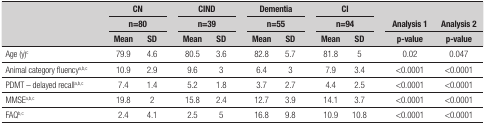
<table><thead><tr><td rowspan="3"><b> </b></td><td colspan="2"><b>CN</b></td><td><b> </b></td><td colspan="2"><b>CIND</b></td><td><b> </b></td><td colspan="2"><b>Dementia</b></td><td><b> </b></td><td colspan="2"><b>CI</b></td><td><b> </b></td><td rowspan="2"><b>Analysis 1</b></td><td rowspan="2"><b>Analysis 2</b></td></tr><tr><td colspan="2"><b>n=80</b></td><td><b> </b></td><td colspan="2"><b>n=39</b></td><td><b> </b></td><td colspan="2"><b>n=55</b></td><td><b> </b></td><td colspan="2"><b>n=94</b></td><td><b> </b></td></tr><tr><td><b>Mean</b></td><td><b>SD</b></td><td><b> </b></td><td><b>Mean</b></td><td><b>SD</b></td><td><b> </b></td><td><b>Mean</b></td><td><b>SD</b></td><td><b> </b></td><td><b>Mean</b></td><td><b>SD</b></td><td><b> </b></td><td><b>p-value</b></td><td><b>p-value</b></td></tr></thead><tbody><tr><td>Age (y)<sup>c</sup></td><td>79.9</td><td>4.6</td><td> </td><td>80.5</td><td>3.6</td><td> </td><td>82.8</td><td>5.7</td><td> </td><td>81.8</td><td>5</td><td> </td><td>0.02</td><td>0.047</td></tr><tr><td>Animal category fluency<sup>a,b,c</sup></td><td>10.9</td><td>2.9</td><td> </td><td>9.6</td><td>3</td><td> </td><td>6.4</td><td>3</td><td> </td><td>7.9</td><td>3.4</td><td> </td><td>&lt;0.0001</td><td>&lt;0.0001</td></tr><tr><td>PDMT - delayed recall<sup>a,b,c</sup></td><td>7.4</td><td>1.4</td><td> </td><td>5.2</td><td>1.8</td><td> </td><td>3.7</td><td>2.7</td><td> </td><td>4.4</td><td>2.5</td><td> </td><td>&lt;0.0001</td><td>&lt;0.0001</td></tr><tr><td>MMSE<sup>a,b,c</sup></td><td>19.8</td><td>2</td><td> </td><td>15.8</td><td>2.4</td><td> </td><td>12.7</td><td>3.9</td><td> </td><td>14.1</td><td>3.7</td><td> </td><td>&lt;0.0001</td><td>&lt;0.0001</td></tr><tr><td>FAQ<sup>b,c</sup></td><td>2.4</td><td>4.1</td><td> </td><td>2.5</td><td>5</td><td> </td><td>16.8</td><td>9.8</td><td> </td><td>10.9</td><td>10.8</td><td> </td><td>&lt;0.0001</td><td>&lt;0.0001</td></tr></tbody></table>